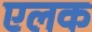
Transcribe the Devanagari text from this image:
एलक